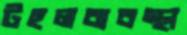
টহলব্যবস্থা